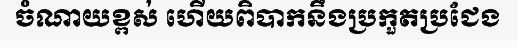
ចំណាយខ្ពស់ ហើយពិបាកនឹងប្រកួតប្រជែង